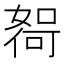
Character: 𫱖